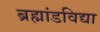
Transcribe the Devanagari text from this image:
ब्रह्मांडविद्या